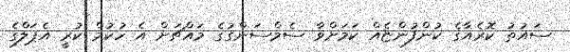
ސައުތު ކޮރެއާގެ ކުންފުންޏެއް ކަމަށްވާ ސެމްސަންގުގެ މައްޗަށް އެ ހުކުމް ކުރީ އެޕަލްގެ